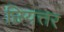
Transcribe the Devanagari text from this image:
छियत्तर